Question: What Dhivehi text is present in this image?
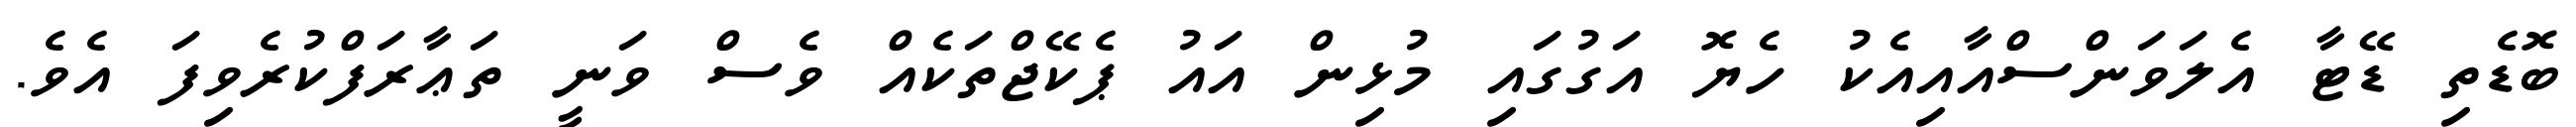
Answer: ބޮޑެތި ޑޭޓާ އެލަވަންސްއާއިއެކު ހެޔޮ އަގުގައި މުޅިން އައު ޕެކޭޖްތަކެއް ވެސް ވަނީ ތަޢާރަފްކުރެވިފަ އެވެ.